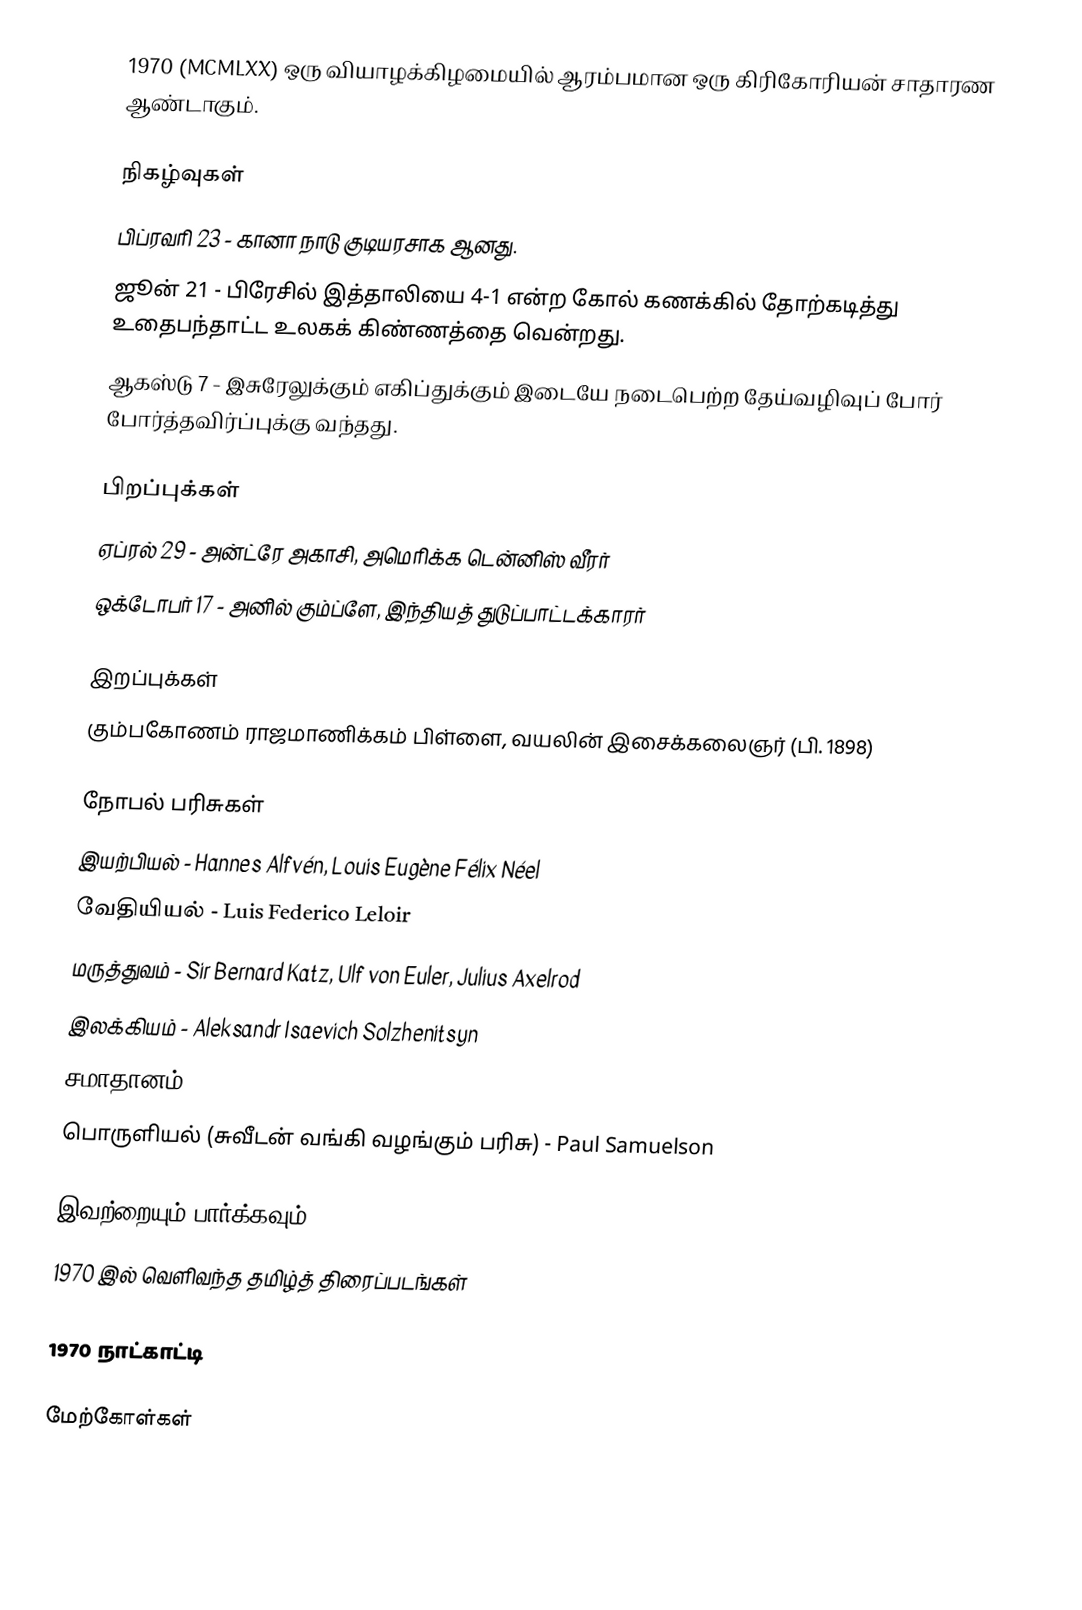
1970  (MCMLXX) ஒரு வியாழக்கிழமையில் ஆரம்பமான ஒரு கிரிகோரியன் சாதாரண ஆண்டாகும்.

நிகழ்வுகள்
 பிப்ரவரி 23 - கானா நாடு குடியரசாக ஆனது.
 ஜூன் 21 - பிரேசில் இத்தாலியை  4-1 என்ற கோல் கணக்கில் தோற்கடித்து உதைபந்தாட்ட உலகக் கிண்ணத்தை வென்றது.
 ஆகஸ்டு 7 - இசுரேலுக்கும் எகிப்துக்கும் இடையே நடைபெற்ற தேய்வழிவுப் போர் போர்த்தவிர்ப்புக்கு வந்தது.

பிறப்புக்கள்
 ஏப்ரல் 29 - அன்ட்ரே அகாசி, அமெரிக்க டென்னிஸ் வீரர்
 ஒக்டோபர் 17 - அனில் கும்ப்ளே, இந்தியத் துடுப்பாட்டக்காரர்

இறப்புக்கள்
 கும்பகோணம் ராஜமாணிக்கம் பிள்ளை, வயலின் இசைக்கலைஞர் (பி. 1898)

நோபல் பரிசுகள்
 இயற்பியல் -  Hannes Alfvén, Louis Eugène Félix Néel
 வேதியியல் - Luis Federico Leloir
 மருத்துவம் - Sir Bernard Katz, Ulf von Euler, Julius Axelrod
 இலக்கியம் - Aleksandr Isaevich Solzhenitsyn
 சமாதானம் - Norman E. Borlaug
 பொருளியல் (சுவீடன் வங்கி வழங்கும் பரிசு) - Paul Samuelson

இவற்றையும் பார்க்கவும்
 1970 இல் வெளிவந்த தமிழ்த் திரைப்படங்கள்

1970 நாட்காட்டி

மேற்கோள்கள்

1970